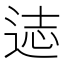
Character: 𰺻